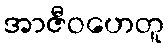
အာဇီဝဟေတူ